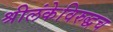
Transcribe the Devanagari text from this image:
श्रीलंकेविरुद्धच